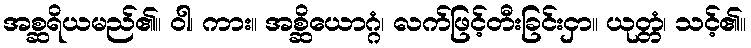
အစ္ဆရိယမည်၏။ ဝါ၊ ကား။ အစ္ဆိယောဂ္ဂံ၊ လက်ဖြင့်တီးခြင်းငှာ။ ယုတ္တံ၊ သင့်၏။